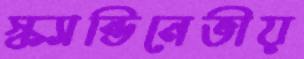
স্ক্যান্ডিনেভীয়